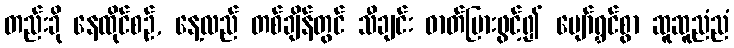
တည်းခို နေထိုင်စဉ်, နေ့လည် တစ်ချိန်တွင် သီချင်း ဓာတ်ပြားဖွင့်၍ ပျော်ရွှင်စွာ ဆူဆူညံညံ